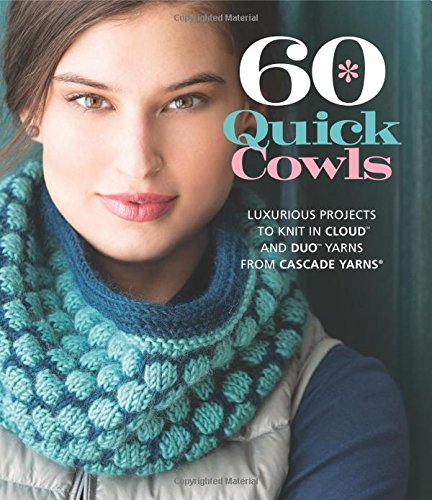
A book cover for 60 Quick Cowls: Luxurious Projects to Knit in CloudEE¢ and DuoEE¢ Yarns from Cascade YarnsÂ® (60 Quick Knits Collection); Crafts, Hobbies & Home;